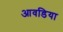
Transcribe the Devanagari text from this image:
आवडिया